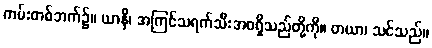
ကမ်းတစ်ဘက်၌။ ယာနိ၊ အကြင်သရက်သီးအစရှိသည်တို့ကို။ တယာ၊ သင်သည်။